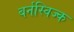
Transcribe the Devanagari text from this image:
बर्नस्विज्क